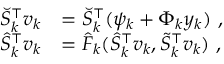
\begin{array} { r l } { \breve { S } _ { k } ^ { \top } v _ { k } } & { = \breve { S } _ { k } ^ { \top } ( \psi _ { k } + \Phi _ { k } y _ { k } ) \mathrm { ~ , } } \\ { \hat { S } _ { k } ^ { \top } v _ { k } } & { = \hat { F } _ { k } ( \hat { S } _ { k } ^ { \top } v _ { k } , \tilde { S } _ { k } ^ { \top } v _ { k } ) \mathrm { ~ , } } \end{array}